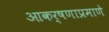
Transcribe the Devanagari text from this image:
आकर्षणाप्रमाणे